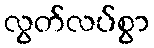
လွတ်လပ်စွာ